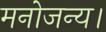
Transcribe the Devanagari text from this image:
मनोजन्य।